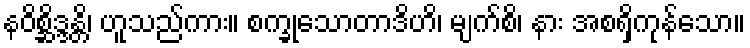
နဝိစ္ဆိဒ္ဒန္တိ၊ ဟူသည်ကား။ စက္ခုသောတာဒိဟိ၊ မျက်စိ၊ နား အစရှိကုန်သော။